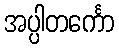
အပ္ပါတင်္ကော